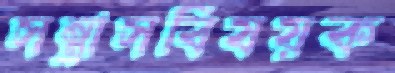
সন্ত্রাসবিষয়ক